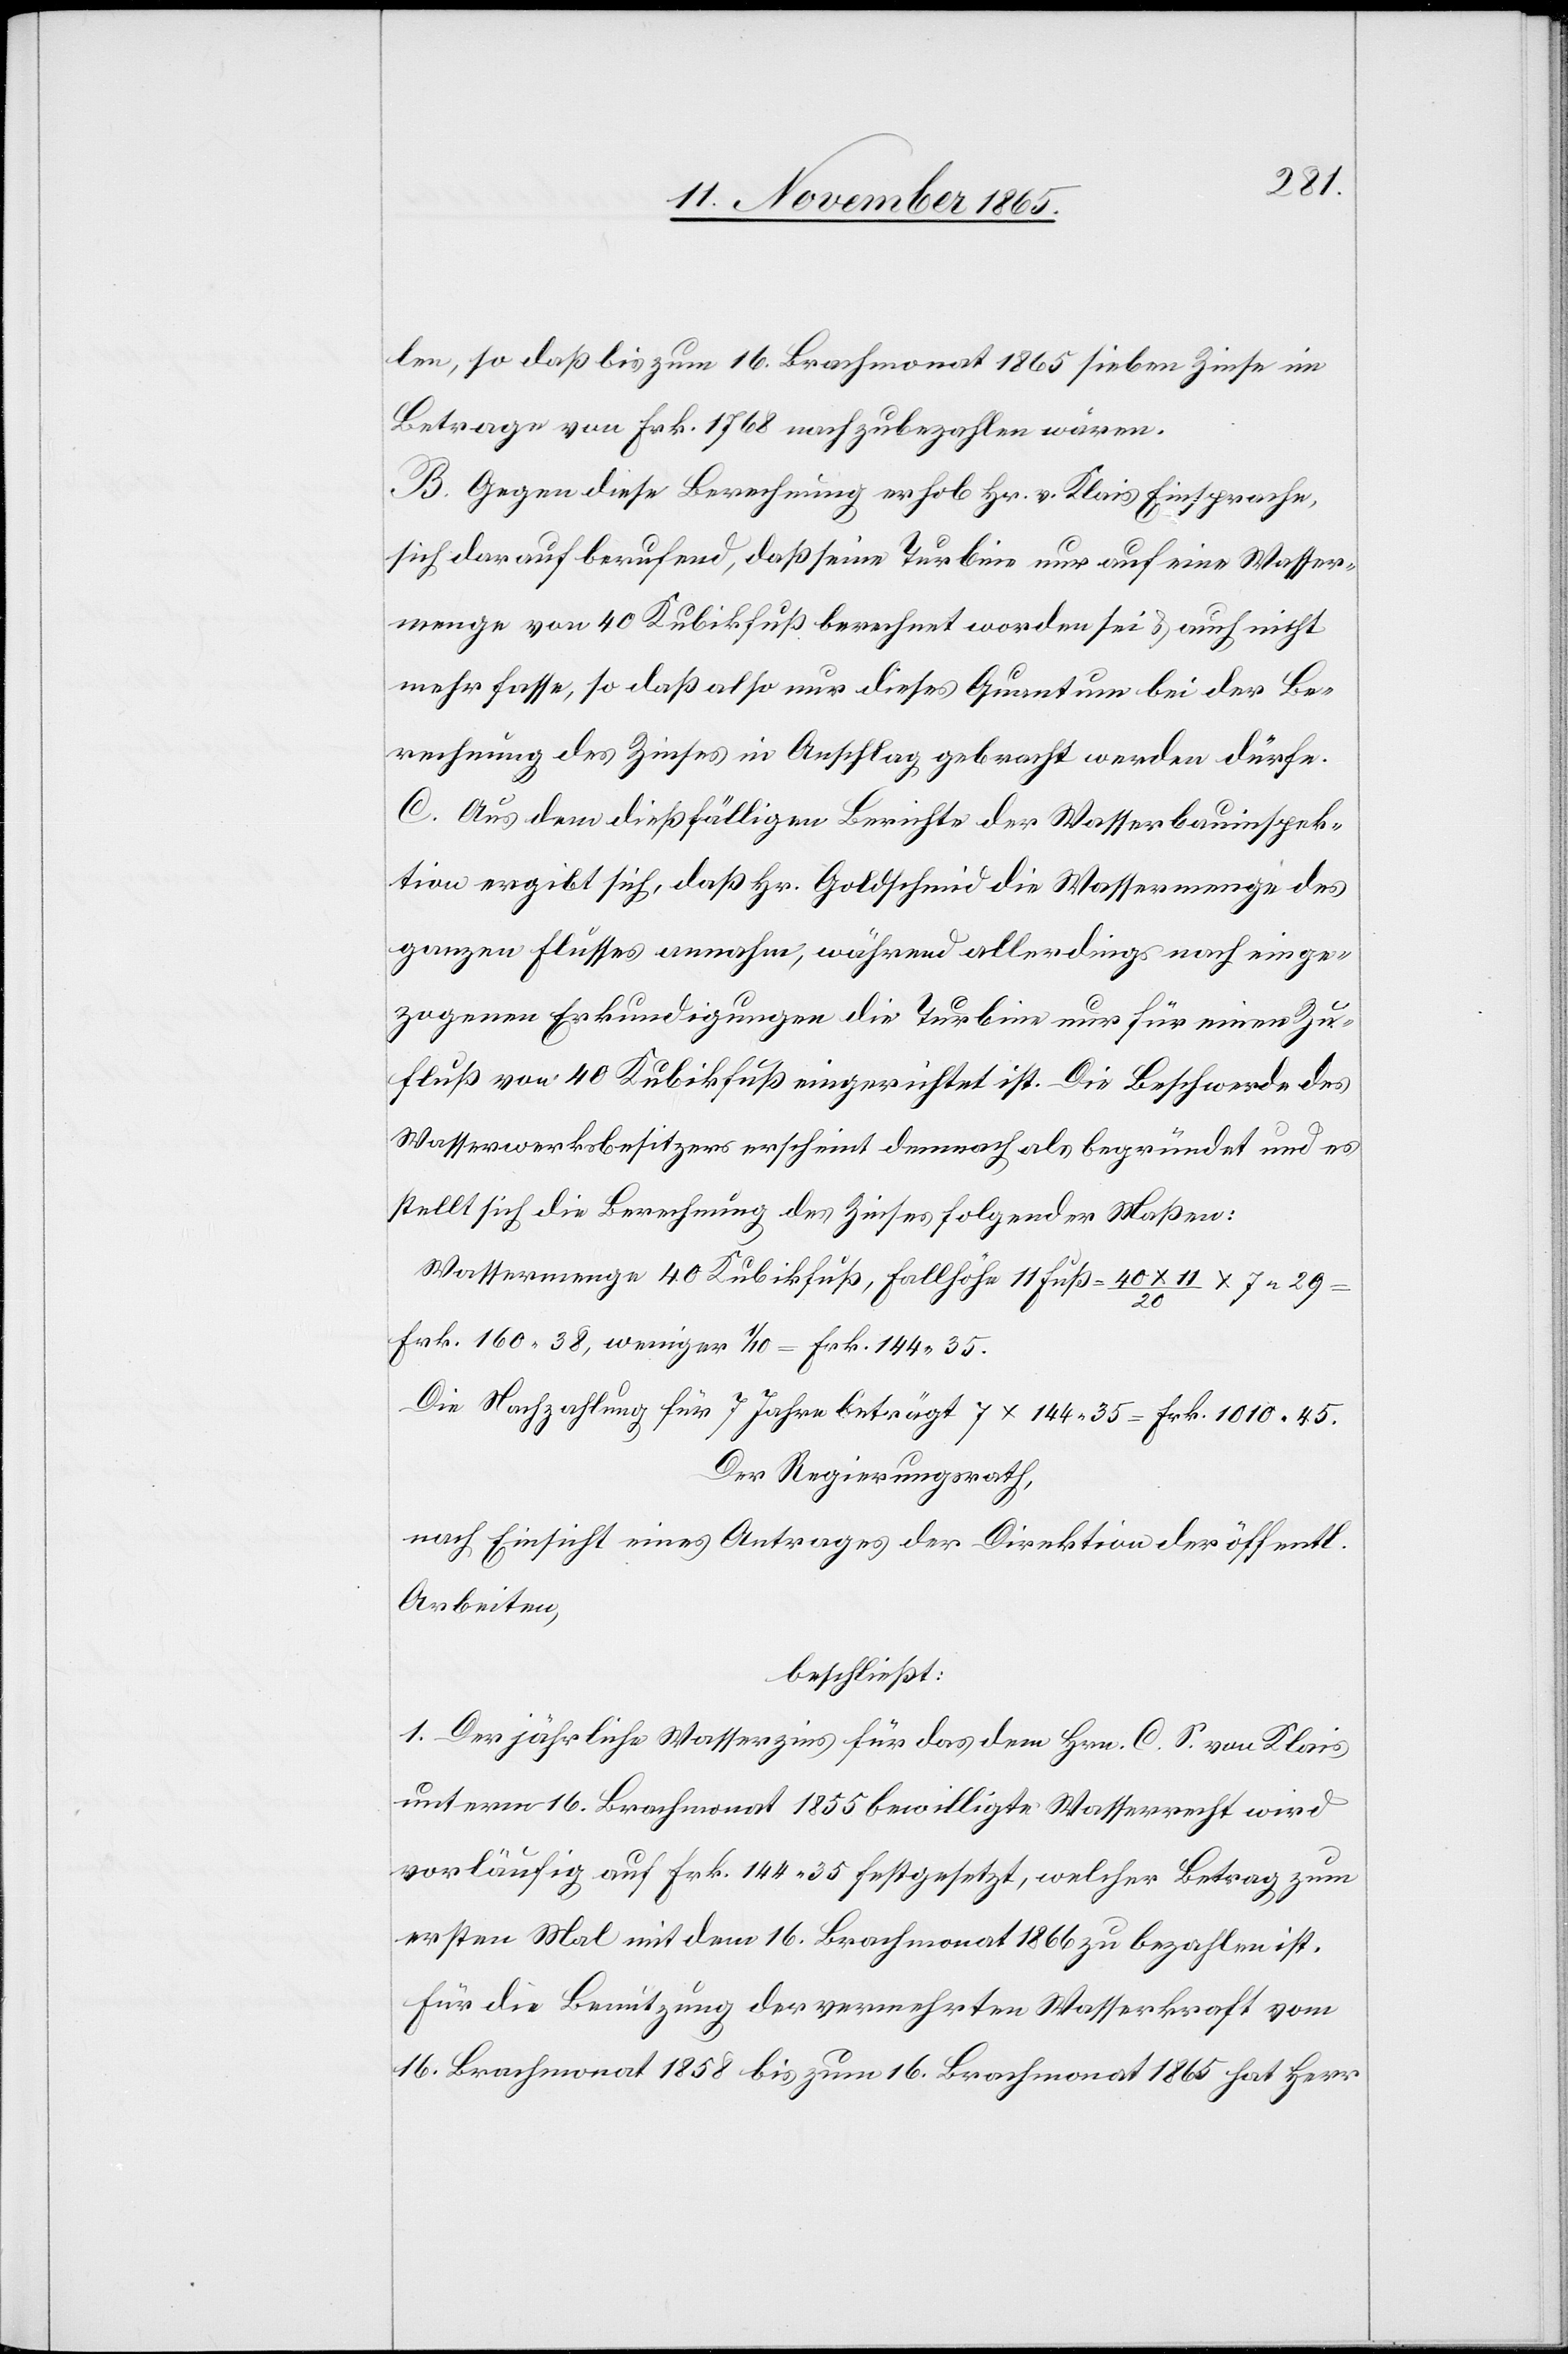
len, so daß bis zum 16. Brachmonat 1865 sieben Zinse im
Betrage von Frk. 1768 nachzubezahlen wären.
B. Gegen diese Berechnung erhob Hr. v. Klais Einsprache,
sich darauf berufend, daß seine Turbine nur auf eine Wasser¬
menge von 40 Kubikfuß berechnet worden sei & auch nicht
mehr fasse, so daß also nur dieses Quantum bei der Be¬
rechnung des Zinses in Anschlag gebracht werden dürfe.
C. Aus dem dießfälligen Berichte der Wasserbauinspek¬
tion ergibt sich, daß Hr. Goldschmid die Wassermenge des
ganzen Flusses annahm, während allerdings nach einge¬
zogenen Erkundigungen die Turbine nur für einen Zu¬
fluß von 40 Kubikfuß eingerichtet ist. Die Beschwerde des
Wasserwerksbesitzers erscheint demnach als begründet und es
stellt sich die Berechnung des Zinses folgender Maßen:
Wassermenge 40 Kubikfuß, Fallhöhe 11 Fuß = 40 x 11/20 x 7.29
Frk. 160.38, weniger 1/10 = Frk. 144.35.
Die Nachzahlung für 7 Jahre beträgt 7 x 144.35 = Frk. 1010.45.
Der Regierungsrath,
nach Einsicht eines Antrages der Direktion der öffentl.
Arbeiten,
beschließt:
1. Der jährliche Wasserzins für das dem Hrn. C. S. von Klais
unterm 16. Brachmonat 1855 bewilligte Wasserrecht wird
vorläufig auf Frk. 144.35 festgesetzt, welcher Betrag zum
ersten Mal mit dem 16. Brachmonat 1866 zu bezahlen ist.
Für die Benutzung der vermehrten Wasserkraft vom
16. Brachmonat 1858 bis zum 16. Brachmonat 1865 hat Herr